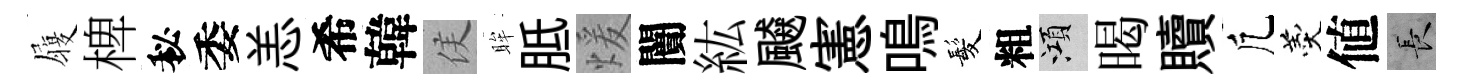
履椑秘委恙希韓侯眸胝煖闠紘飇憲鳴髪粗澒暍贖凢羹値长